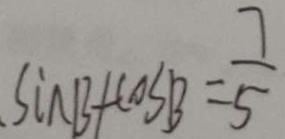
\sin B + \cos B = \frac { 7 } { 5 }